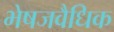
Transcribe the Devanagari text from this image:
भेषजवैधिक